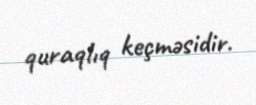
quraqlıq keçməsidir.